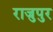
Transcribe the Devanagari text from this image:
राजुपुर